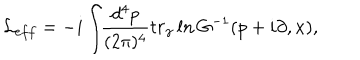
{ \cal L } _ { e f f } = - i \int \! \! { \frac { d ^ { 4 } p } { ( 2 \pi ) ^ { 4 } } } t r _ { \gamma } \, l n \, G ^ { - 1 } ( p + i \partial , x ) ,